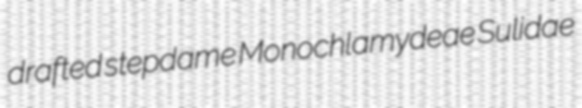
drafted stepdame Monochlamydeae Sulidae